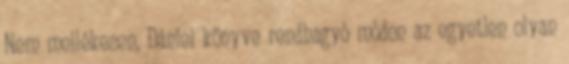
Nem mellékesen, Dániel könyve rendhagyó módon az egyetlen olyan